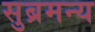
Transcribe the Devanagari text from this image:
सुब्रमन्य